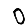
Digit: 0